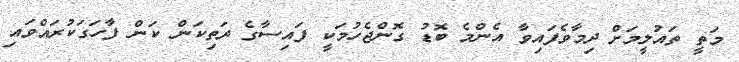
މަތީ ތައުލީމަށް ދިމާވެފައިވާ އެންމެ ބޮޑު ގޮންޖެހުމަކީ ފައިސާގެ ދަތިކަން ކަން ފާހަގަކުރައްވައި